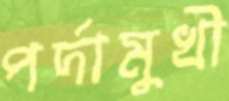
পর্দামুখী